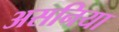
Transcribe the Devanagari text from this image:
असनिया